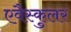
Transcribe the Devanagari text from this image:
एवैस्कुलर